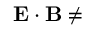
\mathbf { E } \cdot \mathbf { B } \ne